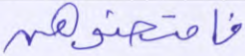
فامتحنوهن